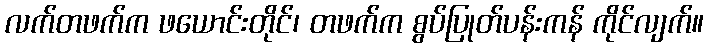
လက်တဖက်က ဖယောင်းတိုင်၊ တဖက်က စွပ်ပြုတ်ပန်းကန် ကိုင်လျက်။